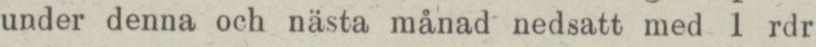
under denna och nästa månad nedsatt med 1 rdr